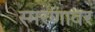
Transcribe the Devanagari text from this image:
स्मरणावर